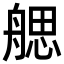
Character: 𦩭